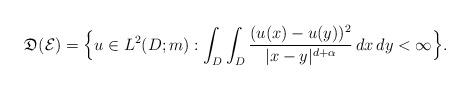
LaTeX: \begin{align*}\mathfrak D(\mathcal E)= \Big\{u\in L^2(D;m): \int_D\int_D\frac{(u(x)-u(y))^2}{|x-y|^{d+\alpha}}\,dx\,dy<\infty\Big\}.\end{align*}